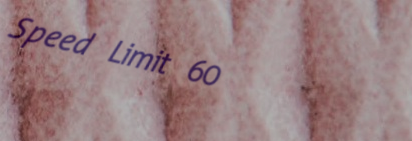
Speed Limit 60